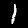
Label: 1